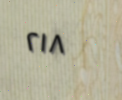
٢١٨